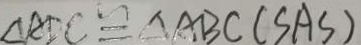
\Delta A E C \cong \Delta A B C ( S A S )